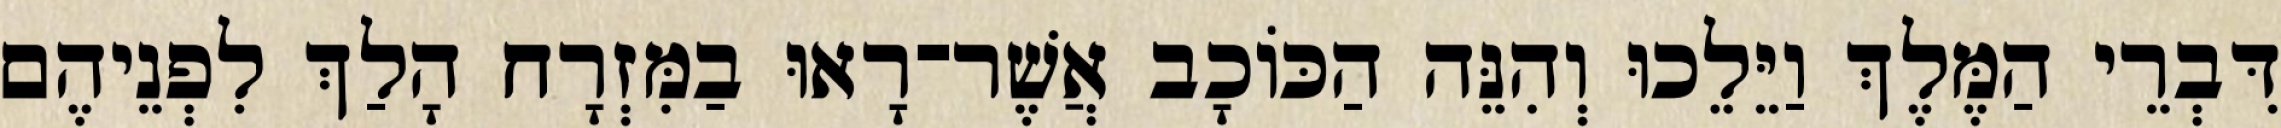
דִּבְרֵי הַמֶּלֶךְ וַיֵּלֵכוּ וְהִנֵּה הַכּוֹכָב אֲשֶׁר־רָאוּ בַמִּזְרָח הָלַךְ לִפְנֵיהֶם